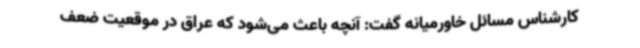
کارشناس مسائل خاورمیانه گفت: آنچه باعث می‌شود که عراق در موقعیت ضعف